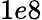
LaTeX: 1e8